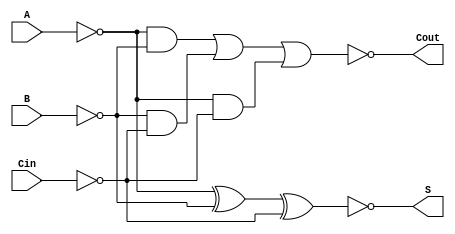
module NegativeCircuitFullAdder (
    input wire A,    // Active low first input
    input wire B,    // Active low second input
    input wire Cin,  // Active low carry-in input
    output wire S,   // Active low sum output
    output wire Cout  // Active low carry-out output
);

// Intermediate signals
wire A_low, B_low, Cin_low;
wire S_temp, Cout_temp;

// Invert the inputs to operate with negative logic
assign A_low = ~A;
assign B_low = ~B;
assign Cin_low = ~Cin;

// Calculate the sum output (S = ~(A  B  Cin))
assign S_temp = A_low ^ B_low ^ Cin_low; // A  B  Cin
assign S = ~S_temp; // Invert for active low

// Calculate the carry-out output (Cout = ~((A  B) + (B  Cin) + (A  Cin)))
assign Cout_temp = (A_low & B_low) | (B_low & Cin_low) | (A_low & Cin_low); // (A  B) + (B  Cin) + (A  Cin)
assign Cout = ~Cout_temp; // Invert for active low

endmodule